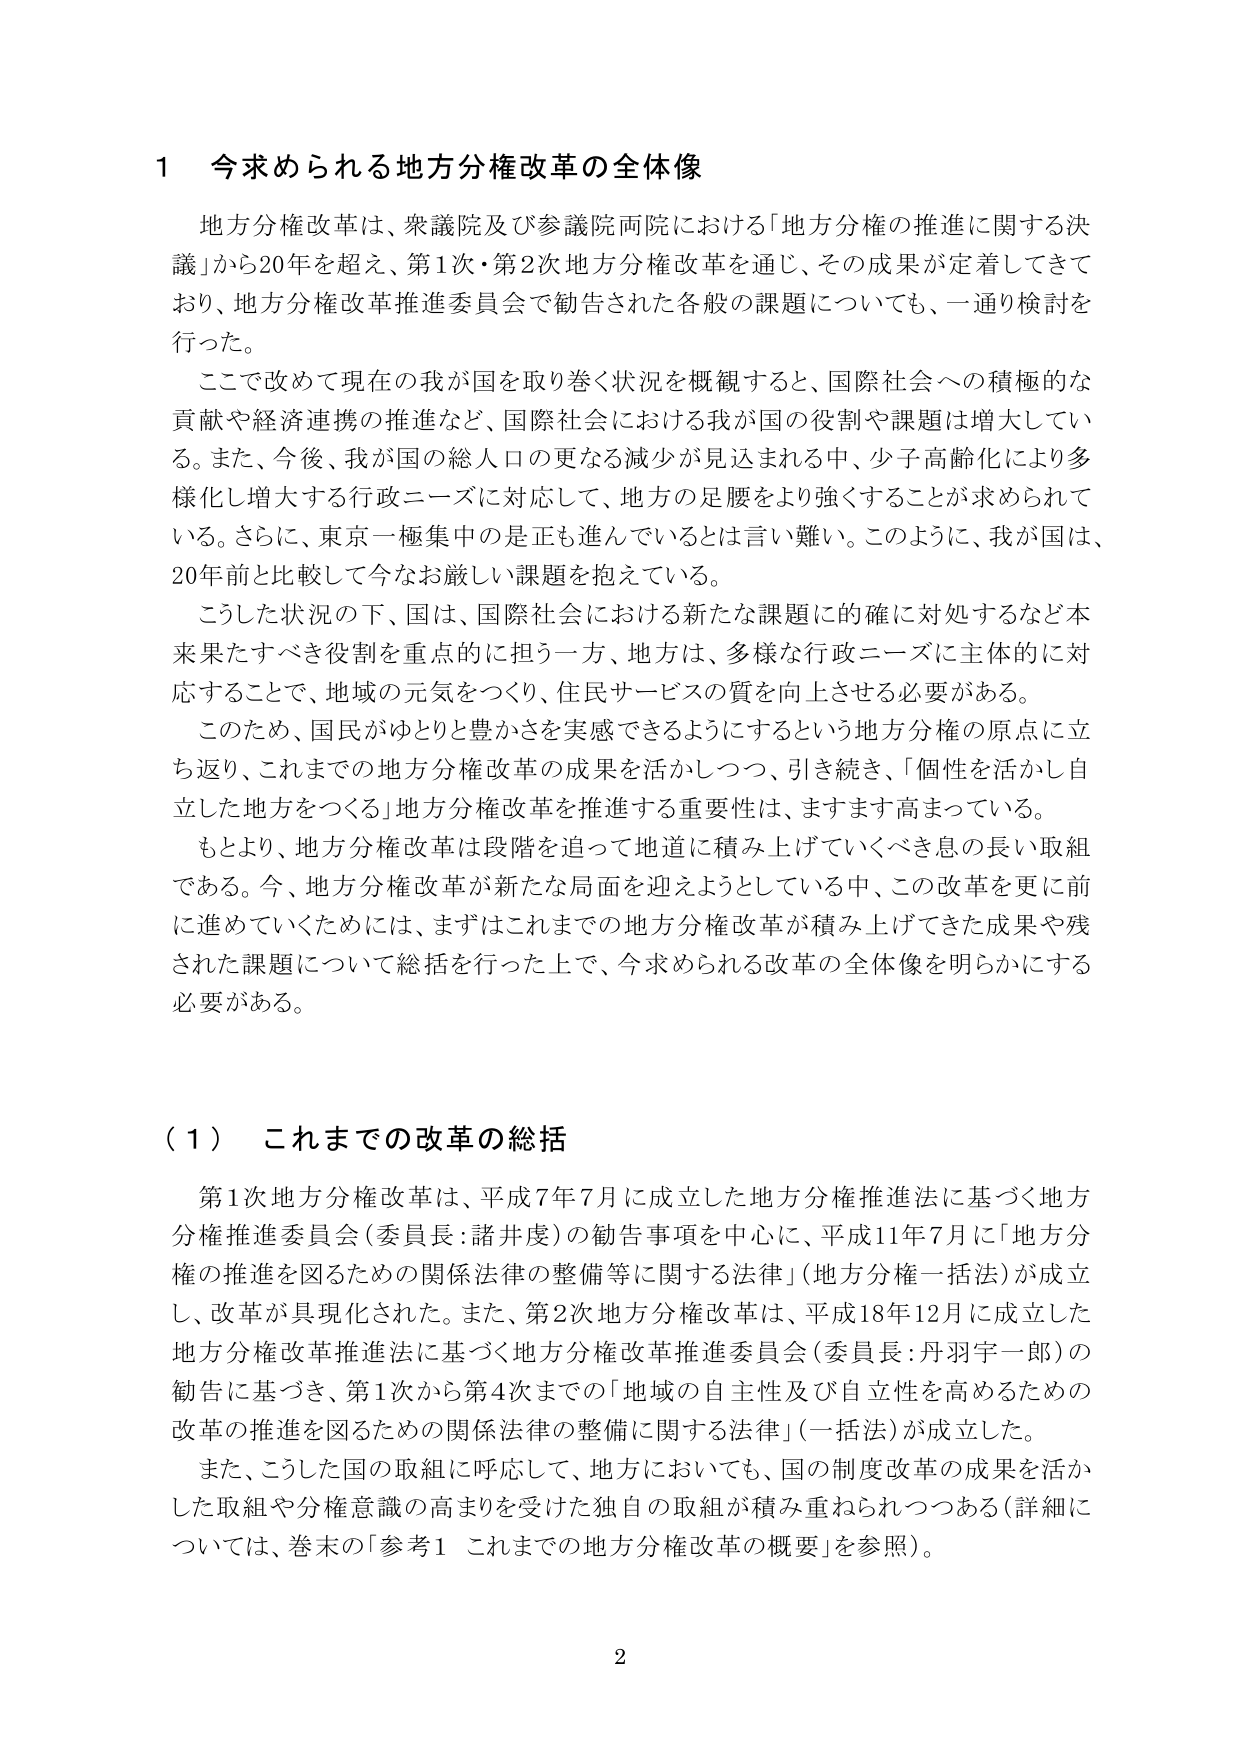
1 今求められる地方分権改革の全体像

地方分権改革は、衆議院及び参議院両院における「地方分権の推進に関する決議」から20年を超え、第1次・第2次地方分権改革を通じ、その成果が定着してきており、地方分権改革推進委員会で勧告された各般の課題についても、一通り検討を行った。

ここで改めて現在の我が国を取り巻く状況を概観すると、国際社会への積極的な貢献や経済連携の推進など、国際社会における我が国の役割や課題は増大している。また、今後、我が国の総人口の更なる減少が見込まれる中、少子高齢化により多様化し増大する行政ニーズに対応して、地方の足腰をより強くすることが求められている。さらに、東京一極集中のは正も進んでいるとは言い難い。このように、我が国は、20年前と比較して今なお厳しい課題を抱えている。

こうした状況の下、国は、国際社会における新たな課題に的確に対処するなど本来果たすべき役割を重点的に担う一方、地方は、多様な行政ニーズに主体的に対応することで、地域の元気をつくり、住民サービスの質を向上させる必要がある。

このため、国民がゆとりと豊かさを実感できるようにするという地方分権の原点に立ち返り、これまでの地方分権改革の成果を活かしつつ、引き続き、「個性を活かし自立した地方をつくる」地方分権改革を推進する重要性は、ますます高まっている。

もとより、地方分権改革は段階を追って地道に積み上げていくべき息の長い取組である。今、地方分権改革が新たな局面を迎えようとしている中、この改革を更に前に進めていくためには、まずはこれまでの地方分権改革が積み上げてきた成果や残された課題について総括を行った上で、今求められる改革の全体像を明らかにする必要がある。

（1）これまでの改革の総括

第1次地方分権改革は、平成7年7月に成立した地方分権推進法に基づく地方分権推進委員会（委員長：諸井虔）の勧告事項を中心に、平成11年7月に「地方分権の推進を図るための関係法律の整備等に関する法律」（地方分権一括法）が成立し、改革が具現化された。また、第2次地方分権改革は、平成18年12月に成立した地方分権改革推進法に基づく地方分権改革推進委員会（委員長：丹羽宇一郎）の勧告に基づき、第1次から第4次までの「地域の自主性及び自立性を高めるための改革の推進を図るための関係法律の整備に関する法律」（一括法）が成立した。

また、こうした国の取組に呼応して、地方においても、国の制度改革の成果を活かした取組や分権意識の高まりを受けた独自の取組が積み重ねられつつある（詳細については、巻末の「参考1 これまでの地方分権改革の概要」を参照）。

2